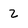
Character: 2